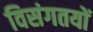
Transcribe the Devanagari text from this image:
विसंगतयों